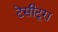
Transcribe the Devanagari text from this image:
टेसीटूरा